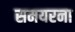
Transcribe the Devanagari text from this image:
समयरना